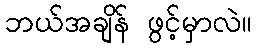
ဘယ်အချိန် ဖွင့်မှာလဲ။